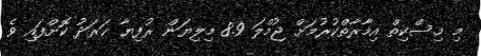
މި މިސްކިތް އިމާރާތްކުރުމަށް ޖުމްލަ 8.9 މިލިޔަން ރުފިޔާ ޚަރަދު ކޮށްފައި ވެ